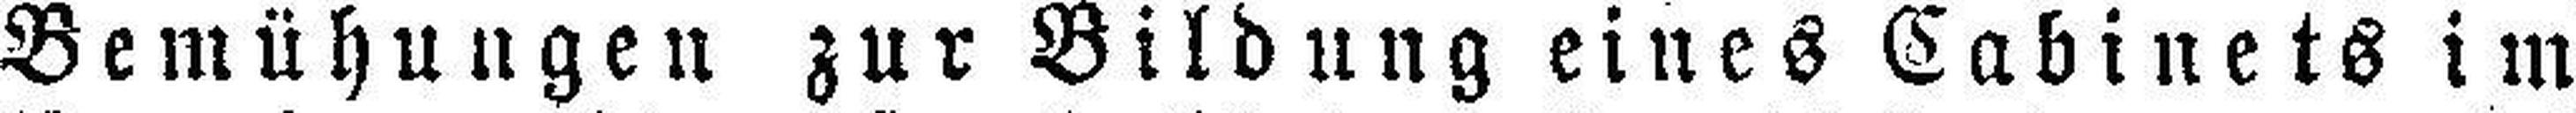
Bemühungen zur Bildung eines Cabinets im